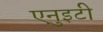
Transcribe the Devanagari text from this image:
एनुइटी